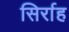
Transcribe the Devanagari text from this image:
सिर्राह